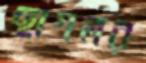
ছাগলর